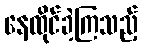
နေထိုင်ခဲ့ကြသည့်